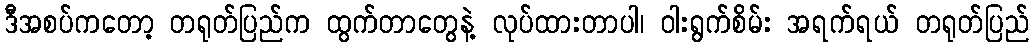
ဒီအစပ်ကတော့ တရုတ်ပြည်က ထွက်တာတွေနဲ့ လုပ်ထားတာပါ၊ ဝါးရွက်စိမ်း အရက်ရယ် တရုတ်ပြည်